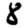
Digit: 8